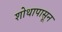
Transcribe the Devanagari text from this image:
शोथापासून